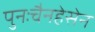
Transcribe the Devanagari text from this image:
पुनःचैनहेसेन